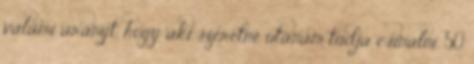
valami arányt, hogy aki szeretné utánam tudja csinálni. 50